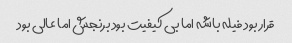
قرار بود فیله باشه اما بی کیفیت بود برنجش اما عالی بود